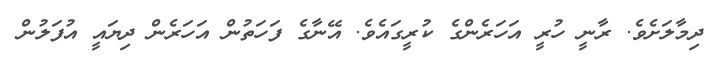
ދިމާލަށެވެ. ރާނީ ހުރީ އަހަރެންގެ ކުރީގައެވެ. އޭނާގެ ފަހަތުން އަހަރެން ދިޔައީ އުފަލުން